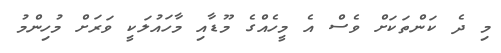
މި ދެ ކަންތަކަށް ވެސް އެ މީހެއްގެ މޫޑާއި މާހައުލަކީ ވަރަށް މުހިންމު